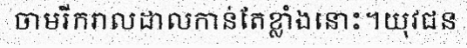
ចាមរីករាលដាលកាន់តែខ្លាំងនោះ។យុវជន